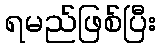
ရမည်ဖြစ်ပြီး